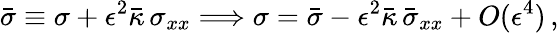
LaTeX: \bar{\sigma}\equiv\sigma+\epsilon^{2}\bar{\kappa}\, \sigma_{xx}\Longrightarrow\sigma=\bar{\sigma}-\epsilon^{2}\bar{\kappa}\, \bar{\sigma}_{xx}+O(\epsilon^{4})\, ,